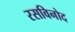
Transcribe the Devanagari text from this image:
रसविनोद